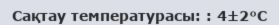
Сақтау температурасы: : 4±2°С